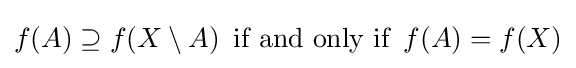
f(A)\supseteq f(X\setminus A)\,{\text{ if and only if }}\,f(A)=f(X)